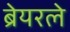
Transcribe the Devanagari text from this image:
ब्रेयरले